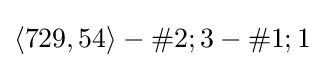
\langle 729,54\rangle -\#2;3-\#1;1